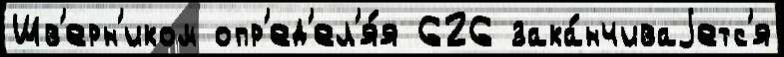
Шв'ерн'иком опр'ед'ел'я́я 626 зака́нчиваjетс'я